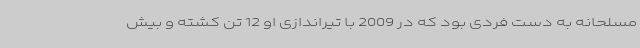
مسلحانه به دست فردی بود که در 2009 با تیراندازی او 12 تن کشته و بیش